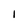
Character: I